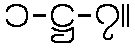
၁-ဋ္ဌ-၇။